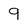
Character: 9